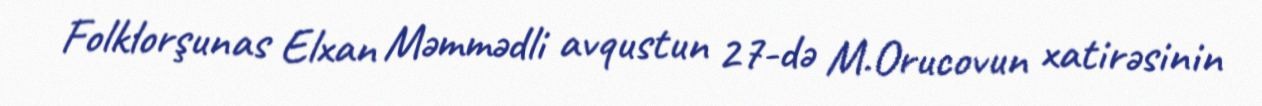
Folklorşunas Elxan Məmmədli avqustun 27-də M.Orucovun xatirəsinin